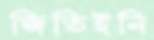
জিতিইনি